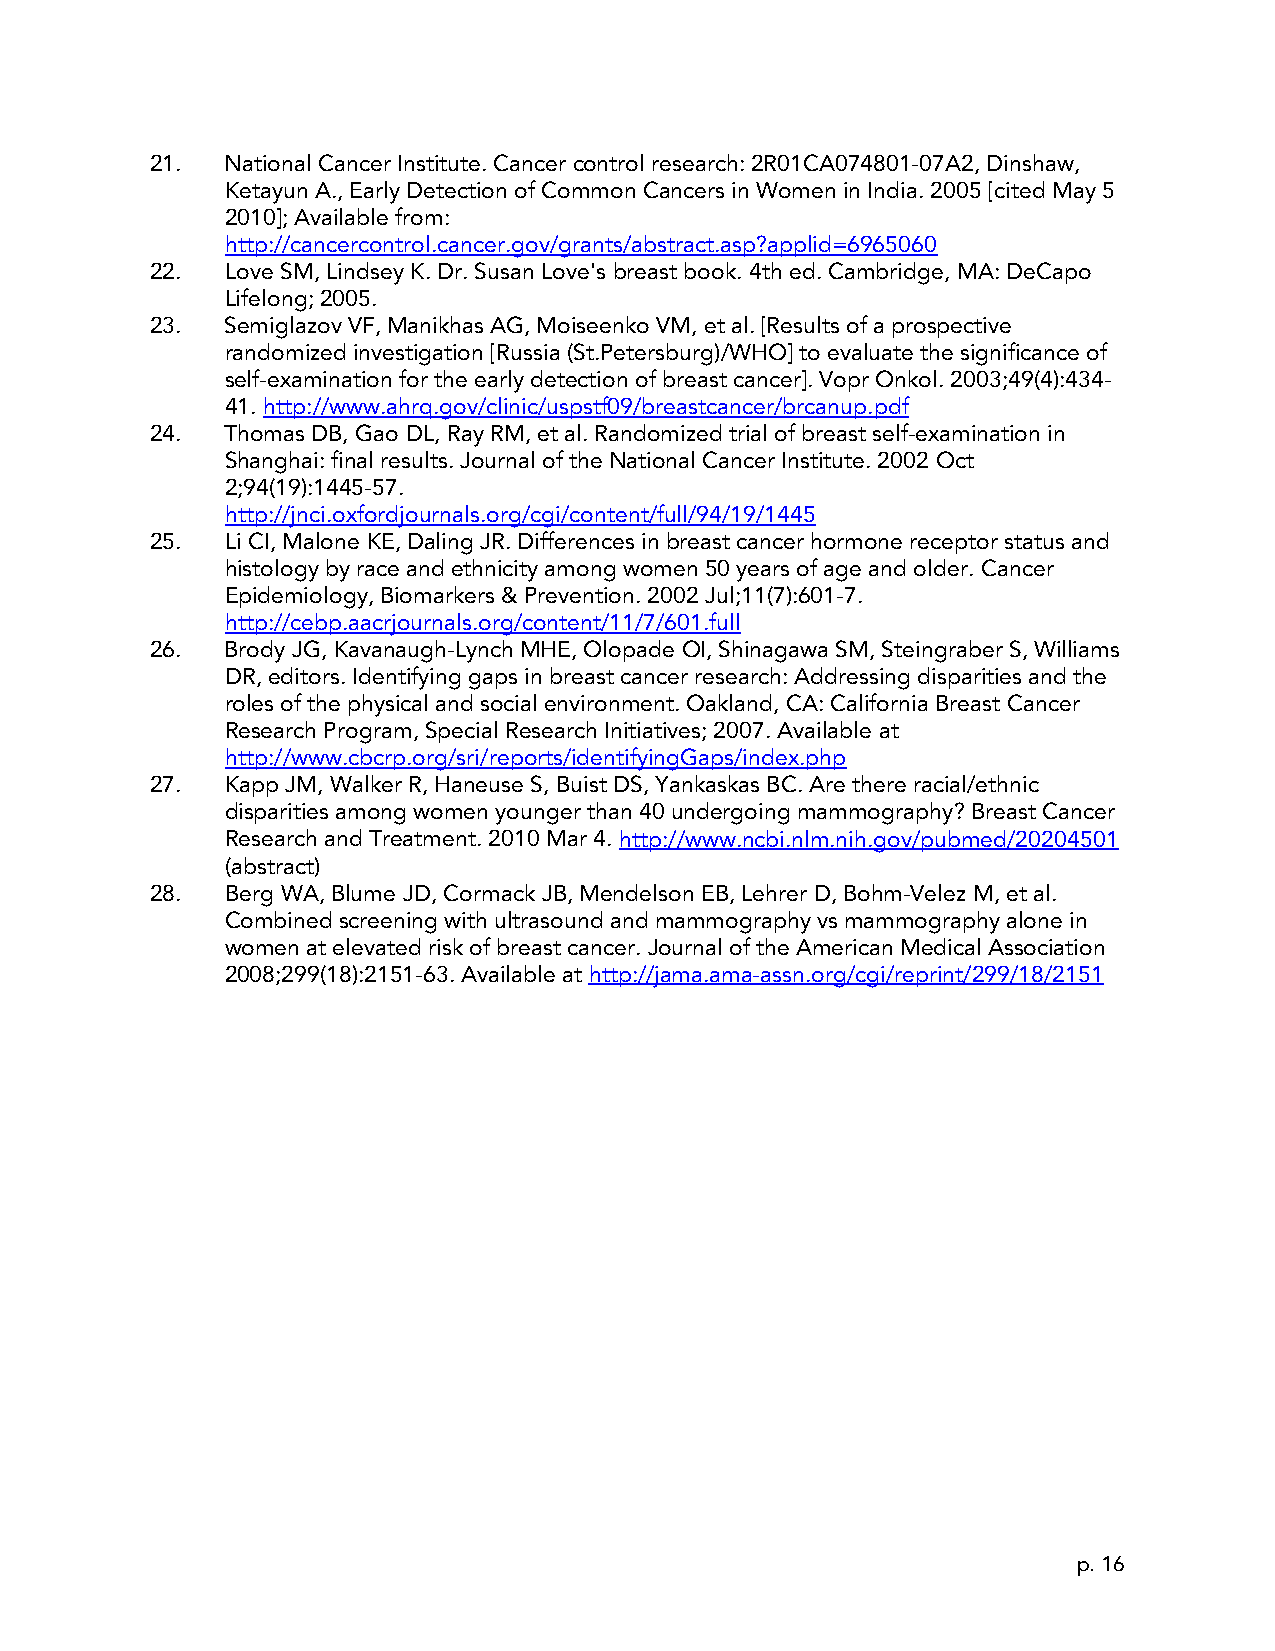
21.  National Cancer Institute. Cancer control research: 2R01CA074801-07A2, Dinshaw,
 Ketayun A., Early Detection of Common Cancers in Women in India. 2005 [cited May 5
 2010]; Available from:
 http://cancercontrol.cancer.gov/grants/abstract.asp?applid=6965060
 22.  Love SM, Lindsey K. Dr. Susan Love's breast book. 4th ed. Cambridge, MA: DeCapo
 Lifelong; 2005.
 23.  Semiglazov VF, Manikhas AG, Moiseenko VM, et al. [Results of a prospective
 randomized investigation [Russia (St.Petersburg)/WHO] to evaluate the significance of
 self-examination for the early detection of breast cancer]. Vopr Onkol. 2003;49(4):434-
 41. http://www.ahrq.gov/clinic/uspstf09/breastcancer/brcanup.pdf
 24.  Thomas DB, Gao DL, Ray RM, et al. Randomized trial of breast self-examination in
 Shanghai: final results. Journal of the National Cancer Institute. 2002 Oct
 2;94(19):1445-57.
 http://jnci.oxfordjournals.org/cgi/content/full/94/19/1445
 25.  Li CI, Malone KE, Daling JR. Differences in breast cancer hormone receptor status and
 histology by race and ethnicity among women 50 years of age and older. Cancer
 Epidemiology, Biomarkers & Prevention. 2002 Jul;11(7):601-7.
 http://cebp.aacrjournals.org/content/11/7/601.full
 26.  Brody JG, Kavanaugh-Lynch MHE, Olopade OI, Shinagawa SM, Steingraber S, Williams
 DR, editors. Identifying gaps in breast cancer research: Addressing disparities and the
 roles of the physical and social environment. Oakland, CA: California Breast Cancer
 Research Program, Special Research Initiatives; 2007. Available at
 http://www.cbcrp.org/sri/reports/identifyingGaps/index.php
 27.  Kapp JM, Walker R, Haneuse S, Buist DS, Yankaskas BC. Are there racial/ethnic
 disparities among women younger than 40 undergoing mammography? Breast Cancer
 Research and Treatment. 2010 Mar 4. http://www.ncbi.nlm.nih.gov/pubmed/20204501
 (abstract)
 28.  Berg WA, Blume JD, Cormack JB, Mendelson EB, Lehrer D, Bohm-Velez M, et al.
 Combined screening with ultrasound and mammography vs mammography alone in
 women at elevated risk of breast cancer. Journal of the American Medical Association
 2008;299(18):2151-63. Available at http://jama.ama-assn.org/cgi/reprint/299/18/2151
 p. 16